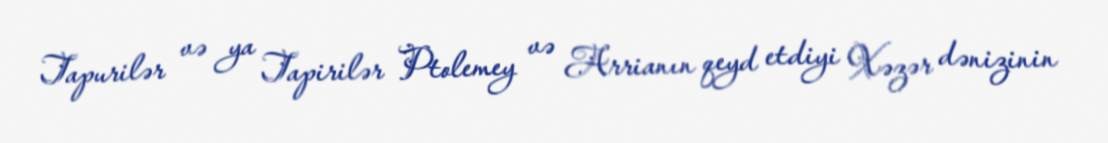
Tapurilər və ya Tapirilər Ptolemey və Arrianın qeyd etdiyi Xəzər dənizinin